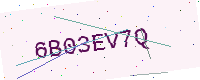
Text: 6B03EV7Q